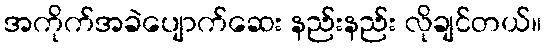
အကိုက်အခဲပျောက်ဆေး နည်းနည်း လိုချင်တယ်။